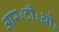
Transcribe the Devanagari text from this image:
आर॰टी॰ओ॰